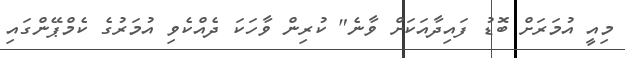
މިއީ އުމަރަށް ބޮޑު ފައިދާއަކަށް ވާނެ" ކުރިން ވާހަކަ ދެއްކެވި އުމަރުގެ ކެމްޕޭންގައި